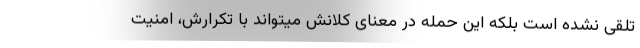
تلقی نشده است بلکه این حمله در معنای کلانش میتواند با تکرارش، امنیت